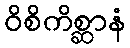
ဝိစိကိစ္ဆာနံ